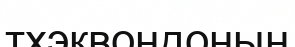
тхэквондоның